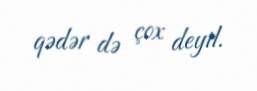
qədər də çox deyil.